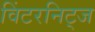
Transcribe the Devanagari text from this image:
विंटरनिट्ज